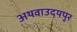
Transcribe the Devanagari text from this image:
अथवाउदयपुर